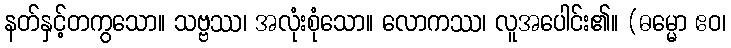
နတ်နှင့်တကွသော။ သဗ္ဗဿ၊ အလုံးစုံသော။ လောကဿ၊ လူအပေါင်း၏။ (ဓမ္မော ဧဝ၊